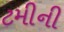
ટમીની